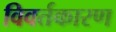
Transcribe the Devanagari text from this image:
विवर्तकारण